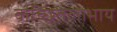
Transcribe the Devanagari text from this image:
वांच्छितलाभाय